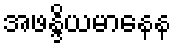
အဖန္ဒိယမာနေန